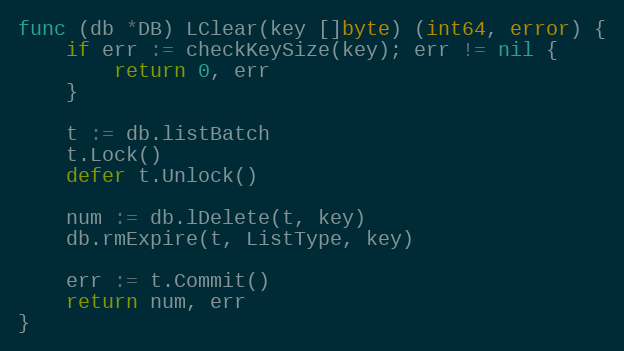
Language: Go
func (db *DB) LClear(key []byte) (int64, error) {
	if err := checkKeySize(key); err != nil {
		return 0, err
	}

	t := db.listBatch
	t.Lock()
	defer t.Unlock()

	num := db.lDelete(t, key)
	db.rmExpire(t, ListType, key)

	err := t.Commit()
	return num, err
}